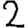
Digit: 2